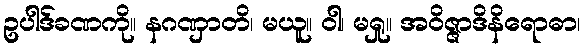
ဥပါဒ်ခဏကို။ နဂဏှာတိ၊ မယူ။ ဝါ၊ မရှု။ အဝိဇ္ဇာဒိနိရောဓာ၊